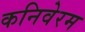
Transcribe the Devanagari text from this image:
कनिवेरम